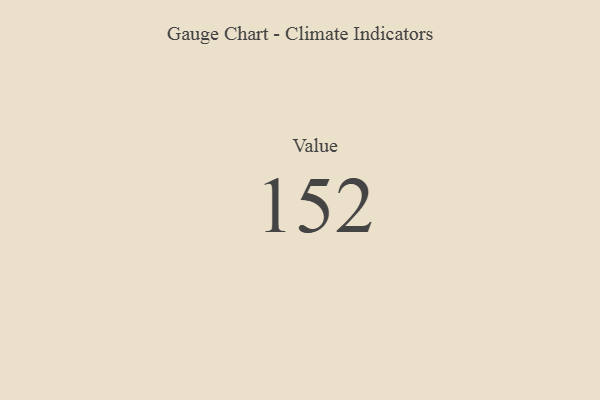
{"axis": {"x": "Metric", "y": "Value"}, "legend": [""], "data": [{"x": "Value", "y": 152, "type": ""}]}